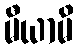
မီယာမိ